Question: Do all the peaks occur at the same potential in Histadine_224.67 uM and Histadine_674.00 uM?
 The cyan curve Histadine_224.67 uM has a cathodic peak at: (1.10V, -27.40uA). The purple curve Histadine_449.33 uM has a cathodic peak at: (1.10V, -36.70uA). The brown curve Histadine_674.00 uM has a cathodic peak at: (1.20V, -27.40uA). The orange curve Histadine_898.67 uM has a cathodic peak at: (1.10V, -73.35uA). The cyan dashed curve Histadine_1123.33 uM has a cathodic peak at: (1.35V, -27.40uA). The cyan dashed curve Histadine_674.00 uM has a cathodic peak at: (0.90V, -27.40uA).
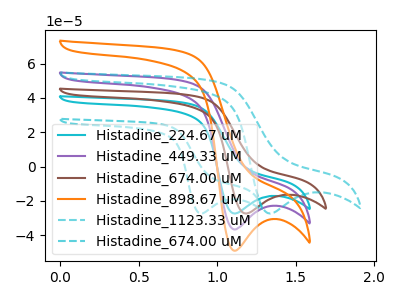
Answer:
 <answer>No, "Histadine_224.67 uM" and "Histadine_674.00 uM" have at least one peak that does not match.</answer>
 <eval>mismatch</eval>